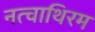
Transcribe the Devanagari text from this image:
नत्चाथिरम